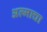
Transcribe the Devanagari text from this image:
अल्माचा